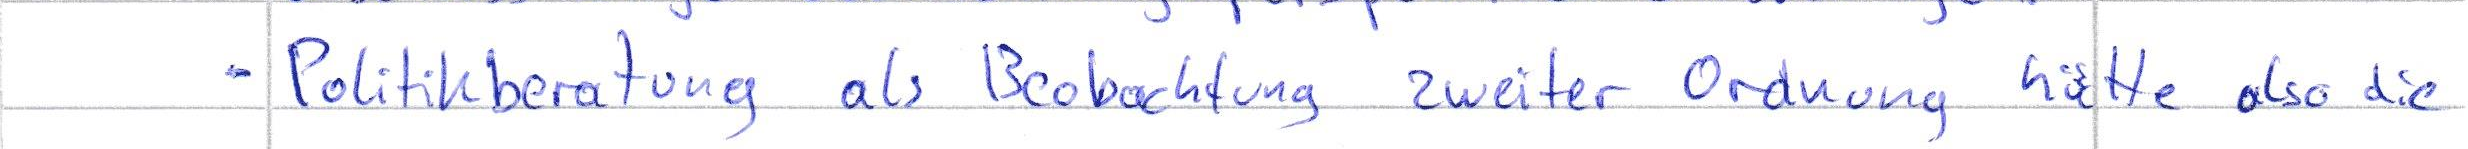
- Politikberatung als Beobachtung zweiter Ordnung hätte also die